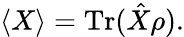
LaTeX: \langle X\rangle=\operatorname{Tr}({\hat{X}}\rho).